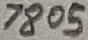
Text: 7805